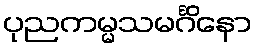
ပုညကမ္မသမင်္ဂိနော